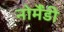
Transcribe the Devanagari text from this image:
नोर्मैंडी